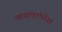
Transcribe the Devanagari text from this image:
कथापरंपरेस